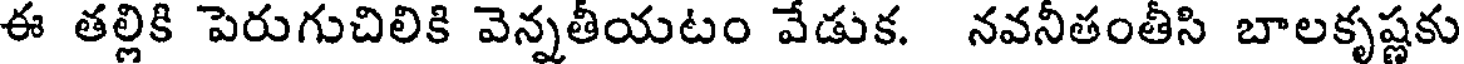
ఈ తల్లికి పెరుగుచిలికి వెన్నతీయటం వేడుక. నవనీతంతీసి బాలకృష్ణకు